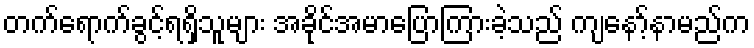
တက်ရောက်ခွင့်ရရှိသူများ အခိုင်အမာပြောကြားခဲ့သည် ကျနော့်နာမည်က